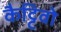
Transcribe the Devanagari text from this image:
कैट्टिवो